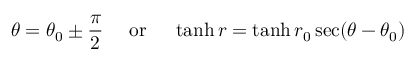
\theta = \theta _ { 0 } \pm { \frac { \pi } { 2 } } \quad { \mathrm { ~ o r ~ } } \quad \operatorname { t a n h } r = \operatorname { t a n h } r _ { 0 } \sec ( \theta - \theta _ { 0 } )